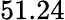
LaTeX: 51.24